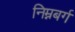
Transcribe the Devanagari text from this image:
निम्नबर्ग